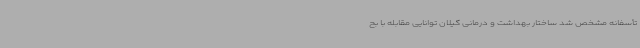
تأسفانه مشخص شد ساختار بهداشت و درمانی گیلان توانایی مقابله با بح